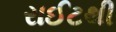
રાઈટથી